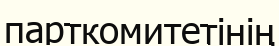
парткомитетінің